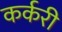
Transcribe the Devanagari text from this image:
कर्करी